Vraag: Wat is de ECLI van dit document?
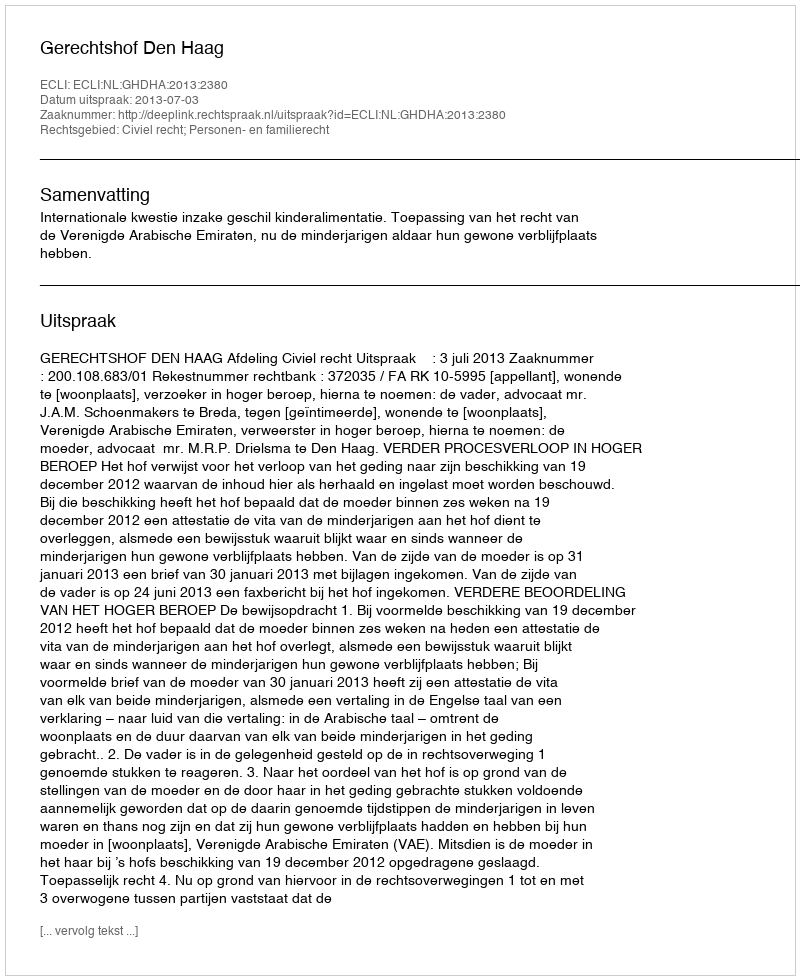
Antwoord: ECLI:NL:GHDHA:2013:2380